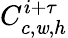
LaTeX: C_{c,\mathit{w},h}^{i+\tau}